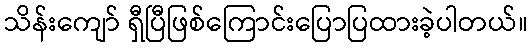
သိန်းကျော် ရှီပြီဖြစ်ကြောင်းပြောပြထားခဲ့ပါတယ်။